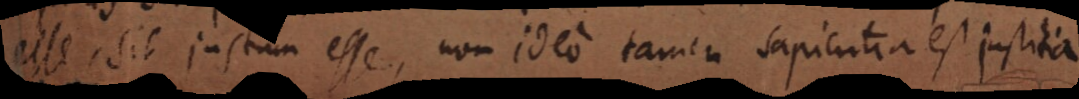
esse, sit justum esse, non ideo tamen sapientia est justitia.